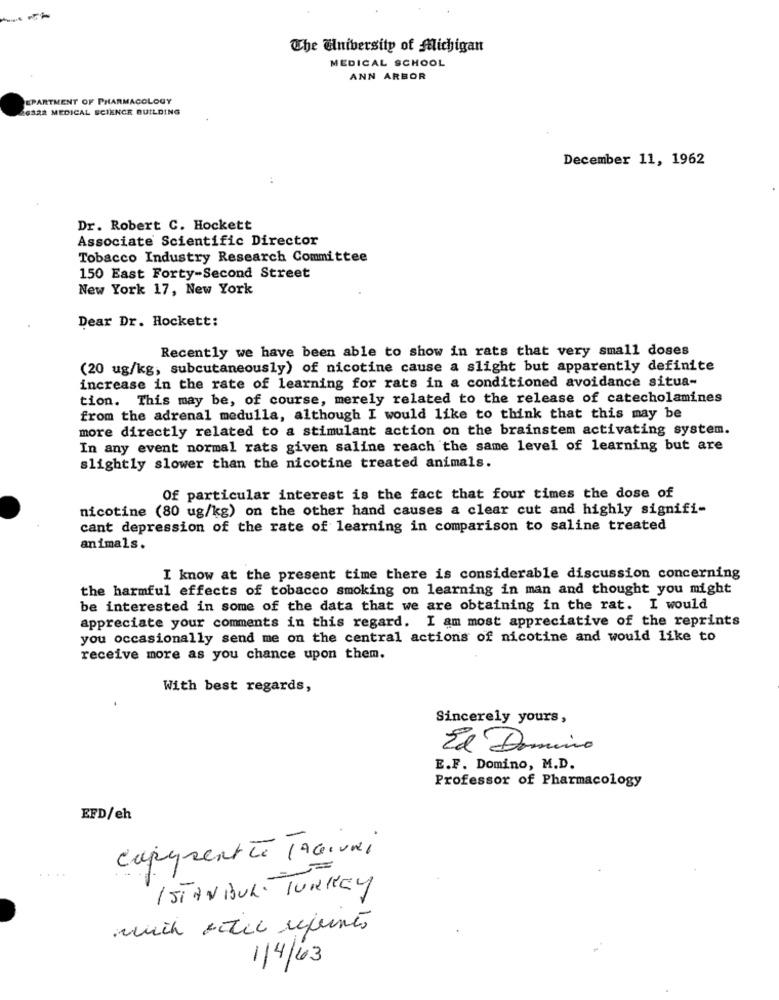
The University of Michigan
MEDICAL SCHOOL
ANN ARBOR
DEPARTMENT OF PHARMACOLOGY
26322 MEDICAL SCIENCE BUILDING
December 11, 1962
Dr. Robert C. Hockett
Associate Scientific Director
Tobacco Industry Research Committee
150 East Forty-Second Street
New York 17, New York
Dear Dr. Hockett:
Recently we have been able to show in rats that very small doses
(20 ug/kg, subcutaneously) of nicotine cause a slight but apparently definite
increase in the rate of learning for rats in a conditioned avoidance situa-
tion. This may be, of course, merely related to the release of catecholamines
from the adrenal medulla, although I would like to think that this may be
more directly related to a stimulant action on the brainstem activating system.
In any event normal rats given saline reach the same level of learning but are
slightly slower than the nicotine treated animals.
Of particular interest is the fact that four times the dose of
nicotine (80 ug/kg) on the other hand causes a clear cut and highly signifi-
cant depression of the rate of learning in comparison to saline treated
animals.
I know at the present time there is considerable discussion concerning
the harmful effects of tobacco smoking on learning in man and thought you might
be interested in some of the data that we are obtaining in the rat. I would
appreciate your comments in this regard. I am most appreciative of the reprints
you occasionally send me on the central actions of nicotine and would like to
receive more as you chance upon them.
With best regards,
Sincerely yours,
El Domino
E.F. Domino, M.D.
Professor of Pharmacology
EFD/eh
cupyrent te JAGvai
ISTANBUL, TURKEY
much ertec refunes
1/4/63